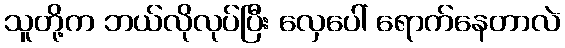
သူတို့က ဘယ်လိုလုပ်ပြီး လှေပေါ် ရောက်နေတာလဲ